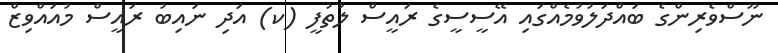
ނޫސްވެރިންގެ ބައްދަލުވުމެއްގައި އޭސީސީގެ ރައީސް ލުތުފީ (ކ) އަދި ނައިބު ރައީސް މުއައްވިޒް